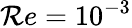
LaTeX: \mathcal{R}e=10^{-3}